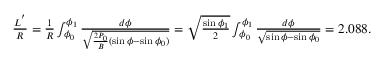
\begin{array} { r } { \frac { L ^ { ' } } { R } = \frac { 1 } { R } \int _ { \phi _ { 0 } } ^ { \phi _ { 1 } } \frac { d \phi } { \sqrt { \frac { 2 P _ { 0 } } { B } ( \sin \phi - \sin \phi _ { 0 } ) } } = \sqrt { \frac { \sin \phi _ { 1 } } { 2 } } \int _ { \phi _ { 0 } } ^ { \phi _ { 1 } } \frac { d \phi } { \sqrt { \sin \phi - \sin \phi _ { 0 } } } = 2 . 0 8 8 . } \end{array}